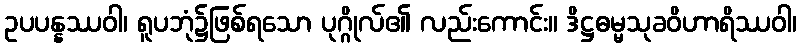
ဥပပန္နဿဝါ၊ ရူပဘုံ၌ဖြစ်ရသော ပုဂ္ဂိုလ်၏ လည်းကောင်း။ ဒိဋ္ဌဓမ္မသုခဝိဟာရိဿဝါ၊